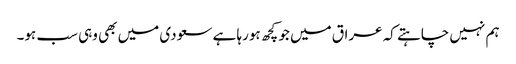
ہم نہیں چاہتے کہ عراق میں جو کچھ ہورہا ہے سعودی میں بھی وہی سب ہو۔